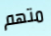
متهم